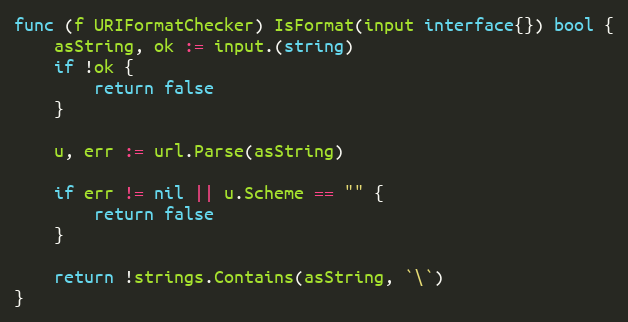
Language: Go
func (f URIFormatChecker) IsFormat(input interface{}) bool {
	asString, ok := input.(string)
	if !ok {
		return false
	}

	u, err := url.Parse(asString)

	if err != nil || u.Scheme == "" {
		return false
	}

	return !strings.Contains(asString, `\`)
}